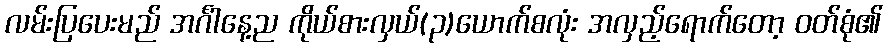
လမ်းပြပေးမည် အင်္ဂါနေ့ည ကိုယ်စားလှယ်(၃)ယောက်စလုံး အလှည့်ရောက်တော့ ဝတ်စုံ၏